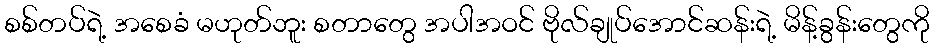
စစ်တပ်ရဲ့ အစေခံ မဟုတ်ဘူး စတာတွေ အပါအဝင် ဗိုလ်ချုပ်အောင်ဆန်းရဲ့ မိန့်ခွန်းတွေကို